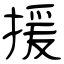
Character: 援